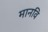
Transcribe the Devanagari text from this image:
मानवि